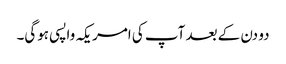
دو دن کے بعد آپ کی امریکہ واپسی ہوگی۔